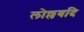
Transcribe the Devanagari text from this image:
लोल्लबदि